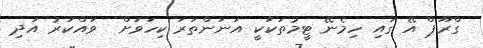
ގްރޫޕް އޭ ގައި ހިމެނޭ ޓީމުތަކަކީ އަނަންތަރަ ކިހަވަށް  ވައްކަރު އަދި